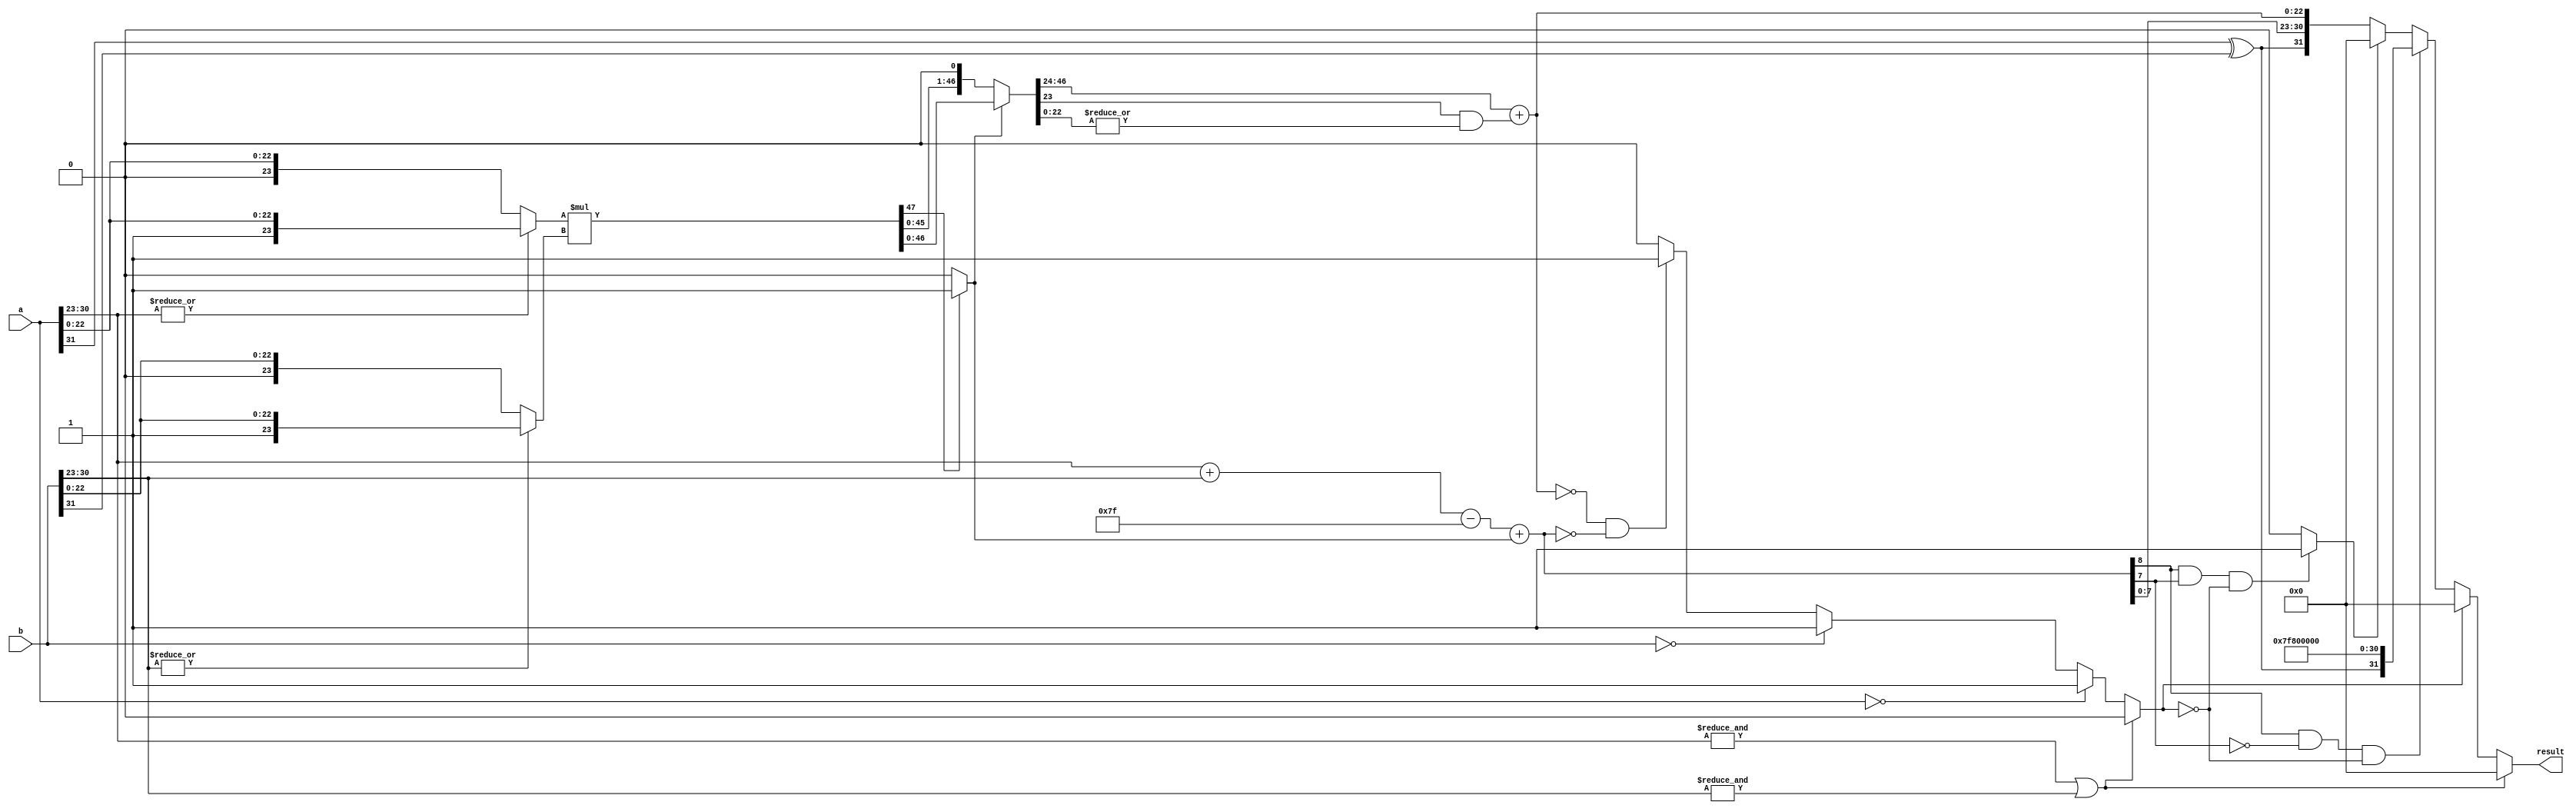
module float_multiplier(
		input [31:0] a,
		input [31:0] b,
		output [31:0] result
		);

wire sign,product_round,normalised,is_zero;
wire [8:0] exponent,sum_exponent;
// We will add 2 8 bit exponents therefore their sum might be greater than 255,therefore 9 bits are assigned
wire [22:0] final_mantissa;
wire [23:0] sfm_a,sfm_b;
//The standard form contains a hidden bit,therefore 24 bits are assigned
wire [47:0] product,product_normalised;
//Multiplication of two 24 bit numbers gives 48 bits
wire Exception,Underflow,Overflow;


assign sign = a[31] ^ b[31];
//0 represents positive,1 represents negative
assign Exception = (&a[30:23]) | (&b[30:23]);
//Checks whether one of the exponents is 255

//Hidden bit=1 if exponent>0, Hidden bit=0 if exponent=0 
assign sfm_a = (|a[30:23]) ? {1'b1,a[22:0]} : {1'b0,a[22:0]};
assign sfm_b = (|b[30:23]) ? {1'b1,b[22:0]} : {1'b0,b[22:0]};

assign product = sfm_a * sfm_b;			
//Mantissa Multiplication

assign product_round = |product_normalised[22:0];  
//Ending 22 bits are OR'ed for rounding operation.

assign normalised = product[47] ? 1'b1 : 1'b0;	
//After mantissa multiplication possible values to the left of decimal point are 01 or 11,if 01 then it is normalised,if 11 then all bits are shifted one bit to the left and 1 is added to final exponent

assign product_normalised = normalised ? product : product << 1;	
// If normalised no shift else it is shifted to the left by one bit

assign final_mantissa = product_normalised[46:24] + (product_normalised[23] & product_round); 
//First 23 bits of the normalised product form the final mantissa and the rounded_product bit is added based on the next bit of the normalised product
  //Last 23 bits of the products are rounded to bring the bits down to 23 using the Reduction Or operator


assign is_zero = Exception ? 1'b0 :(a==32'b0) ? 1'b1: (b==32'b0) ? 1'b1:(final_mantissa == 23'd0 && exponent[8:0]==9'd0) ? 1'b1 : 1'b0;
//assigns 1 is both final mantissa and exponent is 0

assign sum_exponent = a[30:23] + b[30:23];
//Addition of exponents
assign exponent = sum_exponent - 8'd127 + normalised;

assign Overflow = ((exponent[8] & !exponent[7]) & !is_zero) ; 
//Checks overflow condition(exponent>255)(Max possible exponent=384(510-127+1) but since that case is an exception(exponents should not be equal to 255)as described above,it does not occur,therefore any number greater than 255 will start with 10 which is used for checking overflow

assign Underflow = ((exponent[8] & exponent[7]) & !is_zero) ? 1'b1 : 1'b0; 
//Checks underflow condition (exponent<127)(Since we are subtracting bigger number from smaller one,therefore 2's complement representation is used in which the first bit is 1 as resultant is negative )

  assign result = Exception ? 32'd0 :is_zero ? 32'd0 : Overflow ? {sign,8'hFF,23'd0} : Underflow ? 32'd0 : {sign,exponent[7:0],final_mantissa};

//Checks for exceptions,if there are no exceptions assigns the resultant product,exponent=11111111 is assigned for infinity or NaN(not a number))

endmodule